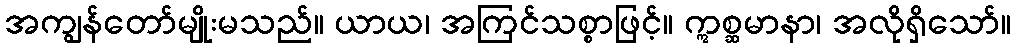
အကျွန်တော်မျိုးမသည်။ ယာယ၊ အကြင်သစ္စာဖြင့်။ ဣစ္ဆမာနာ၊ အလိုရှိသော်။